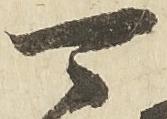
可